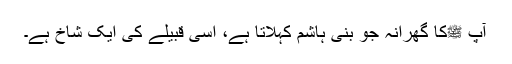
آپ ﷺکا گھرانہ جو بنی ہاشم کہلاتا ہے، اسی قبیلے کی ایک شاخ ہے۔